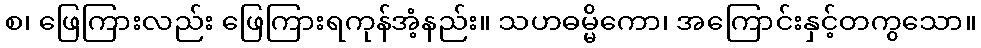
စ၊ ဖြေကြားလည်း ဖြေကြားရကုန်အံ့နည်း။ သဟဓမ္မိကော၊ အကြောင်းနှင့်တကွသော။